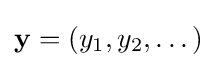
\mathbf {y} =(y_{1},y_{2},\dots )